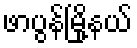
ဖာပွန်မြို့နယ်